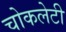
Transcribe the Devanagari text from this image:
चोकलेटी